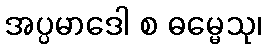
အပ္ပမာဒေါ စ ဓမ္မေသု၊